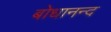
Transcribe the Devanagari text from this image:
बोधानन्द